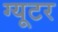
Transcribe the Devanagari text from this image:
ग्यूटर